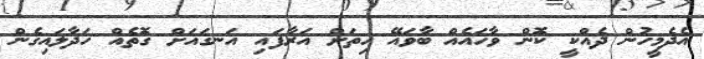
އެދެމީހުން ދެއްކީ ކޮން ވާހަައެއް ބާވައޭ ހިތަށް އަރާފައި އަނގައަށް ގޮތެއް ހަދާލައިގެން